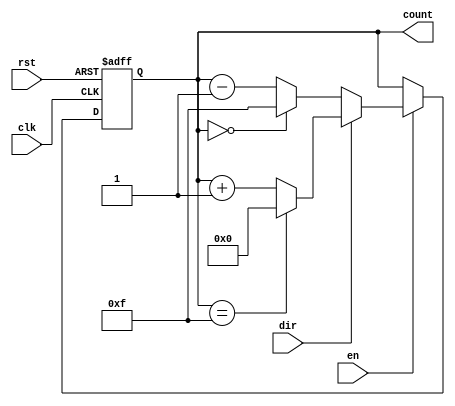
module multi_bit_counter #(
    parameter WIDTH = 4,           // Width of the counter (e.g., 4-bit, 8-bit)
    parameter MIN_VALUE = 0,       // Minimum count value
    parameter MAX_VALUE = (1 << WIDTH) - 1 // Maximum count value (2^WIDTH - 1)
)(
    input wire clk,                // Clock signal
    input wire rst,                // Reset signal
    input wire en,                 // Enable signal
    input wire dir,                // Direction signal (1 for up, 0 for down)
    output reg [WIDTH-1:0] count   // Count output
);

    // Asynchronous reset
    always @(posedge clk or posedge rst) begin
        if (rst) begin
            count <= MIN_VALUE;     // Reset to minimum value
        end else if (en) begin
            if (dir) begin
                // Up counting
                if (count == MAX_VALUE) begin
                    count <= MIN_VALUE; // Wrap around to minimum
                end else begin
                    count <= count + 1; // Increment count
                end
            end else begin
                // Down counting
                if (count == MIN_VALUE) begin
                    count <= MAX_VALUE; // Wrap around to maximum
                end else begin
                    count <= count - 1; // Decrement count
                end
            end
        end
    end

endmodule